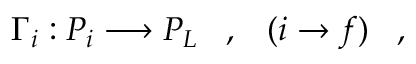
\Gamma _ { i } : { \cal P } _ { i } \longrightarrow { \cal P } _ { L } \; \; \; , \; \; \; ( i \rightarrow f ) \; \; \; ,